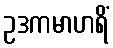
ဥဒကမာဟရိံ